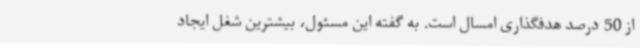
از 50 درصد هدفگذاری امسال است. به گفته این مسئول، بیشترین شغل ایجاد